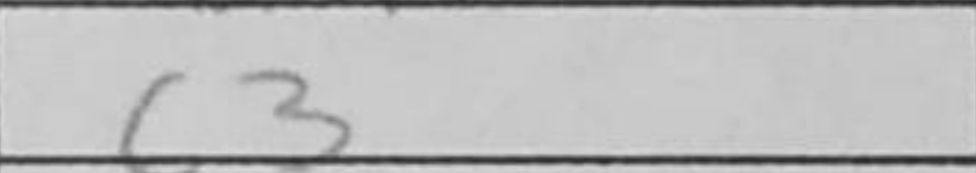
Transcription: c3